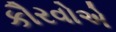
કૌરવોએ